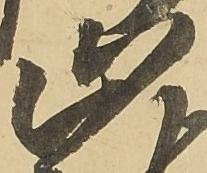
止